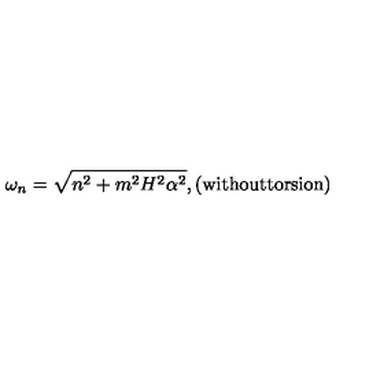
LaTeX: \omega _ { n } = \sqrt { n ^ { 2 } + m ^ { 2 } H ^ { 2 } \alpha ^ { 2 } } , \mathrm { ( w i t h o u t t o r s i o n ) }